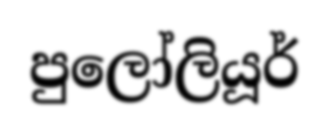
පුලෝලියූර්